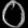
Digit: ၀